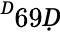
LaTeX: ^Ḋ69Ḍ